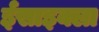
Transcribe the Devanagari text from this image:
ईसाइक्ला